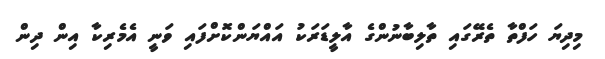
މިދިޔަ ހަފްތާ ތެރޭގައި ތާލިބާނުންގެ އާލީޑަރަކު އައްޔަންކޮށްފައި ވަނީ އެމެރިކާ އިން ދިން